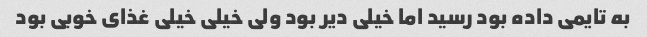
به تایمی داده بود رسید اما خیلی دیر بود ولی خیلی خیلی غذای خوبی بود